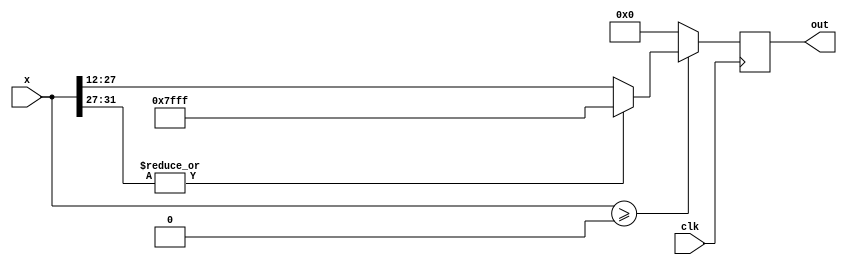
// This program was cloned from: https://github.com/vipinkmenon/neuralNetwork
// License: MIT License

module ReLU  #(parameter dataWidth=16,weightIntWidth=4) (
    input           clk,
    input   [2*dataWidth-1:0]   x,
    output  reg [dataWidth-1:0]  out
);


always @(posedge clk)
begin
    if($signed(x) >= 0)
    begin
        if(|x[2*dataWidth-1-:weightIntWidth+1]) //over flow to sign bit of integer part
            out <= {1'b0,{(dataWidth-1){1'b1}}}; //positive saturate
        else
            out <= x[2*dataWidth-1-weightIntWidth-:dataWidth];
    end
    else 
        out <= 0;      
end

endmodule